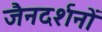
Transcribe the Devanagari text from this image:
जैनदर्शनों